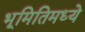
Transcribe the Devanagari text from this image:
भूमितिमध्ये